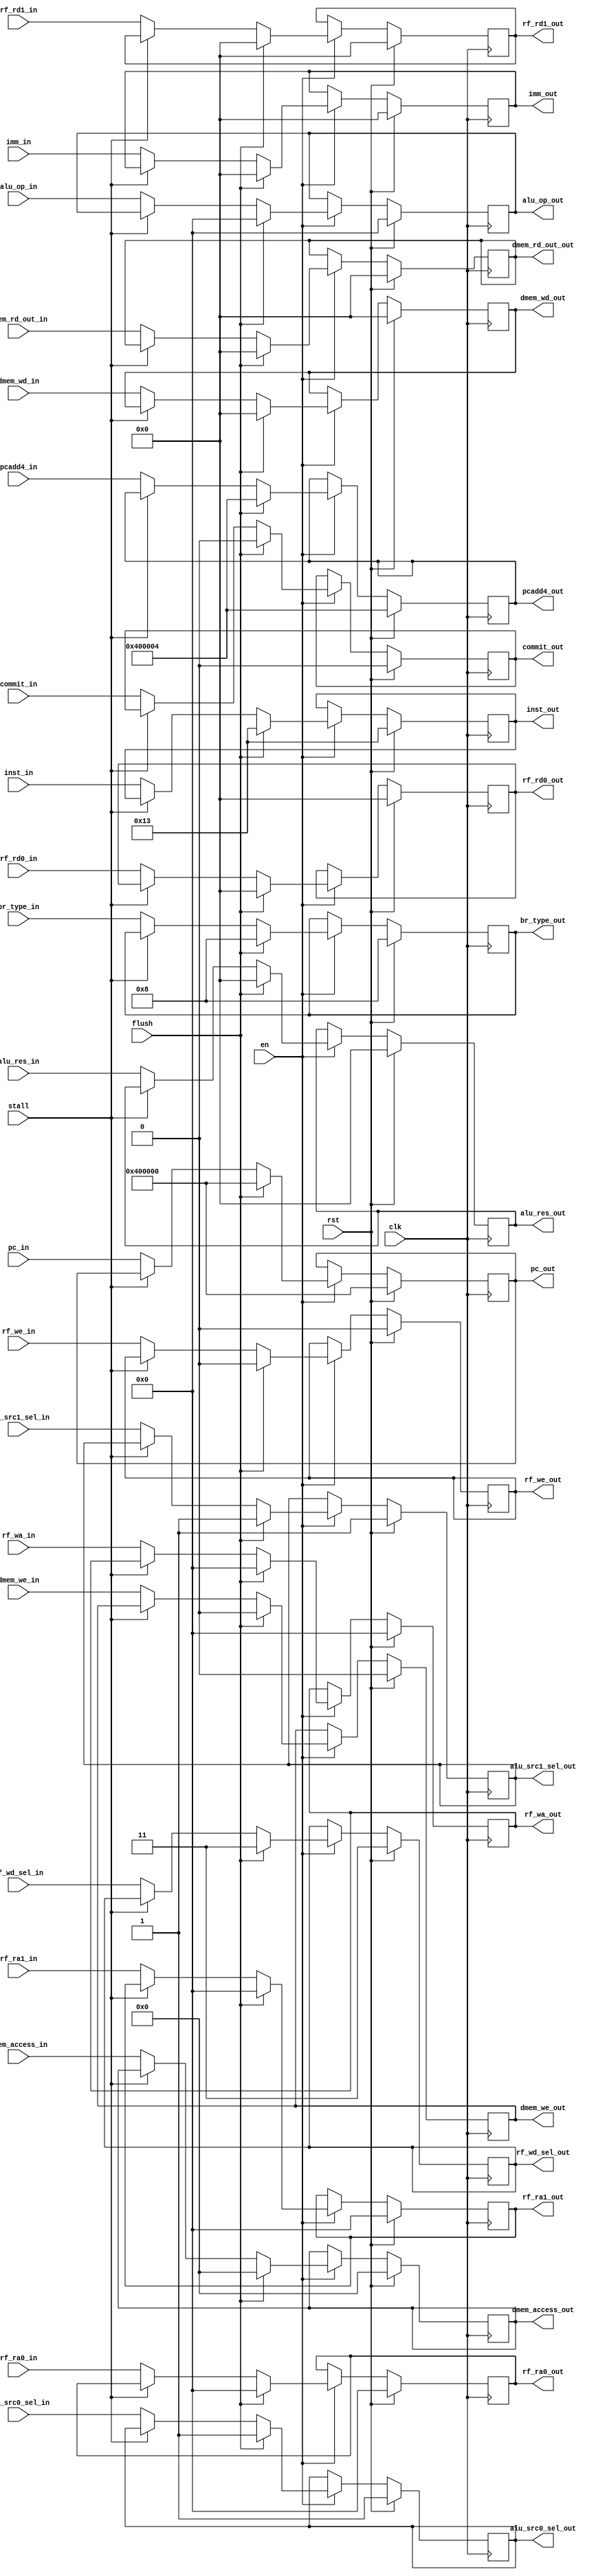
`timescale 1ns / 1ps
//////////////////////////////////////////////////////////////////////////////////
// Company: 
// Engineer: 
// 
// Design Name: 
// Module Name: between_regfile
// Project Name: 
// Target Devices: 
// Tool Versions: 
// Description: 
// 
// Dependencies: 
// 
// Revision:
// Revision 0.01 - File Created
// Additional Comments:
// 
//////////////////////////////////////////////////////////////////////////////////


module between_regfile(
    input [0 :0] rst,
    input [0: 0] clk,
    input [0:0 ] en,
    input [0: 0] flush,
    input [0: 0] stall,
    //commit
    input      [0: 0] commit_in,
    //if
    input      [31:0] inst_in,
    input      [31:0] pc_in,
    input      [31:0] pcadd4_in,
    //id
    input      [4:0 ] rf_ra0_in,
    input      [4:0 ] rf_ra1_in,
    input      [31:0] rf_rd0_in,
    input      [31:0] rf_rd1_in,
    input      [31:0] imm_in,
    input      [ 4:0] rf_wa_in,
    input      [0: 0] rf_we_in,
    input      [1: 0] rf_wd_sel_in,
    input       [4:0] alu_op_in,
    input       [3:0] br_type_in,
    input       [0:0] alu_src0_sel_in,
    input      [0:0]  alu_src1_sel_in,
    input      [0:0 ] dmem_we_in,
    input      [3:0 ] dmem_access_in,
    //ex
    input      [31:0] alu_res_in,
    //mem
    input      [31:0] dmem_rd_out_in,
    input      [31:0] dmem_wd_in,

    //commit
    output reg [0: 0] commit_out,
    //if
    output reg [31:0] inst_out,
    output reg [31:0] pc_out,
    output reg [31:0] pcadd4_out,
    //id
    output reg [4:0 ] rf_ra0_out,
    output reg [4:0 ] rf_ra1_out,
    output reg [31:0] rf_rd0_out,
    output reg [31:0] rf_rd1_out,
    output reg [31:0] imm_out,
    output reg [ 4:0] rf_wa_out,
    output reg [ 0:0] rf_we_out,
    output reg [ 3 : 0]    dmem_access_out,//0:,1:lb,2:lh,3:lw,4:lbu,5:lhu,6:sb,7:sh,8:sw
    output reg [ 0 : 0]    dmem_we_out,  
    output reg [ 1 : 0]    rf_wd_sel_out,//,0PC+4,1ALU,2,30
    output reg [ 3 : 0]    br_type_out,//0:jal,1:jalr,2:beq,3:bne,4:blt,5:beg,6:bltu,7:bgeu
    output reg [ 4 : 0]    alu_op_out,
    output reg [ 0 : 0]    alu_src0_sel_out,//1,0PC
    output reg [ 0 : 0]    alu_src1_sel_out,
    //ex
    output reg [31:0] alu_res_out,
    //mem
    output reg [31:0] dmem_rd_out_out,
    output reg [31:0] dmem_wd_out
    );
always @(posedge clk) begin
    if (rst) begin
        // rst 
        commit_out <=0;

        inst_out <= 32'H0000_0013;
        pc_out <= 32'H00400000;
        pcadd4_out <= 32'H00400000+32'H4;
        
        rf_ra0_out <= 0;
        rf_ra1_out <= 0;
        rf_rd0_out <= 0;
        rf_rd1_out <= 0;
        imm_out <= 0;
        rf_wa_out <= 0;
        rf_we_out <= 0;
        dmem_access_out <=0;
        dmem_we_out<= 0;
        rf_wd_sel_out<=3;
        alu_op_out<=5'B00000;
        br_type_out<=4'B1000;
        alu_src0_sel_out<=1;  
        alu_src1_sel_out<=1;

        alu_res_out <= 0;

        dmem_rd_out_out <= 0;
        dmem_wd_out <= 0;
    end
    else if (en) begin
        // flush  stall , flush 
        if (flush) begin
            commit_out <=0;

            inst_out <= 32'H0000_0013;
            pc_out <= 32'H00400000;
            pcadd4_out <= 32'H00400000+32'H4;

            rf_ra0_out <= 0;
            rf_ra1_out <= 0;
            rf_rd0_out <= 0;
            rf_rd1_out <= 0;
            imm_out <= 0;
            rf_wa_out <= 0;
            rf_we_out <= 0;
            dmem_access_out <=0;
            dmem_we_out<= 0;
            rf_wd_sel_out<=3;
            alu_op_out<=5'B00000;
            br_type_out<=4'B1000;
            alu_src0_sel_out<=1;  
            alu_src1_sel_out<=1;

            alu_res_out <= 0;

            dmem_rd_out_out <= 0;
            dmem_wd_out <= 0;
        end
        else if(stall) begin
                commit_out <= commit_out;

                inst_out <= inst_out;
                pc_out <= pc_out;
                pcadd4_out <= pcadd4_out;

                rf_ra0_out <= rf_ra0_out;
                rf_ra1_out <= rf_ra1_out;
                rf_rd0_out <= rf_rd0_out;
                rf_rd1_out <= rf_rd1_out;
                imm_out <= imm_out;
                rf_wa_out <= rf_wa_out;
                rf_we_out <= rf_we_out;
                dmem_access_out <=dmem_access_out;
                dmem_we_out<= dmem_we_out;
                rf_wd_sel_out<= rf_wd_sel_out;
                alu_op_out<= alu_op_out;
                br_type_out<= br_type_out;
                alu_src0_sel_out<= alu_src0_sel_out;  
                alu_src1_sel_out<= alu_src1_sel_out;

                alu_res_out <= alu_res_out;

                dmem_rd_out_out <= dmem_rd_out_out;
                dmem_wd_out <= dmem_wd_out;
            end
        else begin
                commit_out <= commit_in;

                inst_out <= inst_in;
                pc_out <= pc_in;
                pcadd4_out <= pcadd4_in;

                rf_ra0_out <= rf_ra0_in;
                rf_ra1_out <= rf_ra1_in;
                rf_rd0_out <= rf_rd0_in;
                rf_rd1_out <= rf_rd1_in;
                imm_out <= imm_in;
                rf_wa_out <= rf_wa_in;
                rf_we_out <= rf_we_in;
                dmem_access_out <=dmem_access_in;
                dmem_we_out<= dmem_we_in;
                rf_wd_sel_out<= rf_wd_sel_in;
                alu_op_out<= alu_op_in;
                br_type_out<= br_type_in;
                alu_src0_sel_out<= alu_src0_sel_in;  
                alu_src1_sel_out<= alu_src1_sel_in;

                alu_res_out <= alu_res_in;

                dmem_rd_out_out <= dmem_rd_out_in;
                dmem_wd_out <= dmem_wd_in;
            end
        end
    else begin
        commit_out <= commit_out;

        inst_out <= inst_out;
        pc_out <= pc_out;
        pcadd4_out <= pcadd4_out;

        rf_ra0_out <= rf_ra0_out;
        rf_ra1_out <= rf_ra1_out;
        rf_rd0_out <= rf_rd0_out;
        rf_rd1_out <= rf_rd1_out;
        imm_out <= imm_out;
        rf_wa_out <= rf_wa_out;
        rf_we_out <= rf_we_out;
        dmem_access_out <=dmem_access_out;
        dmem_we_out<= dmem_we_out;
        rf_wd_sel_out<= rf_wd_sel_out;
        alu_op_out<= alu_op_out;
        br_type_out<= br_type_out;
        alu_src0_sel_out<= alu_src0_sel_out;  
        alu_src1_sel_out<= alu_src1_sel_out;

        alu_res_out <= alu_res_out;

        dmem_rd_out_out <= dmem_rd_out_out;
        dmem_wd_out <= dmem_wd_out;
    end
end    
endmodule